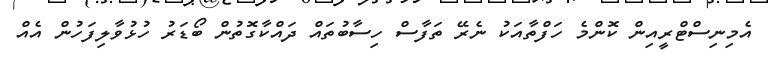
އެމިނިސްޓްރީއިން ކޮންމެ ހަފްތާއަކު ނެރޭ ތަފާސް ހިސާބުތައް ދައްކާގޮތުން ބޯޑަރު ހުޅުވާލިފަހުން އެއް